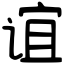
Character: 谊